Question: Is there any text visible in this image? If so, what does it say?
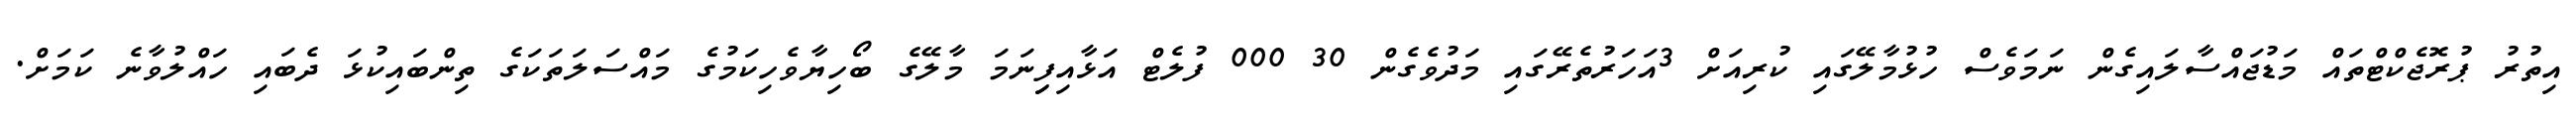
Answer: އިތުރު ޕުރޮޖެކްޓްތައް މަޑުޖައްސާލައިގެން ނަމަވެސް ހުޅުމާލޭގައި ކުރިއަށް 3އަހަރުތެރޭގައި މަދުވެގެން 30 000 ފުލެޓް އަޅާއިފިިނަމަ މާލޭގެ ބޯހިޔާވެހިކަމުގެ މައްސަލަތަކަގެ ތިންބައިކުޅަ ދެބައި ހައްލުވާނެ ކަމަށް.